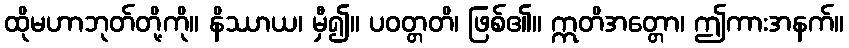
ထိုမဟာဘုတ်တို့ကို။ နိဿာယ၊ မှီ၍။ ပဝတ္တတိ၊ ဖြစ်၏။ ဣတိအတ္တော၊ ဤကားအနက်။